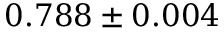
0 . 7 8 8 \pm 0 . 0 0 4